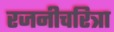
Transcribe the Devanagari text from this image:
रजनीचरित्रा